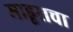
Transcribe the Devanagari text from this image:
माहूराचा